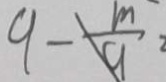
9 - \frac { m } { 9 } =